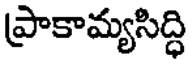
ప్రాకామ్యసిద్ధి